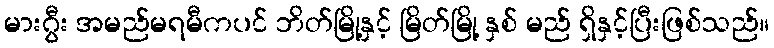
မားဂွီး အမည်မရမီကပင် ဘိတ်မြို့နှင့် မြိတ်မြို့ နှစ် မည် ရှိနှင့်ပြီးဖြစ်သည်။